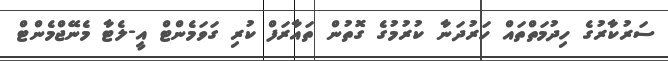
ސަރުކާރުގެ ހިދުމަތްތައް ހަރުދަނާ ކުރުމުގެ ގޮތުން ތައާރަފް ކުރި ގަވަމެންޓް އީ-ލެޓާ މެނޭޖްމެންޓް